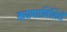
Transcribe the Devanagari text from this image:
कप्रपप्रबिलिटी